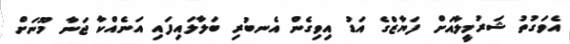
އެވަގުތު ޝަރުމީލާއަށް ފަޔާޒްގެ އަޑު އިވިގެން އެނބުރި ބަލާލައިފައި އަނެއްކާ ޖަނާ މޫނަށް